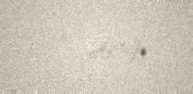
13107 AZN